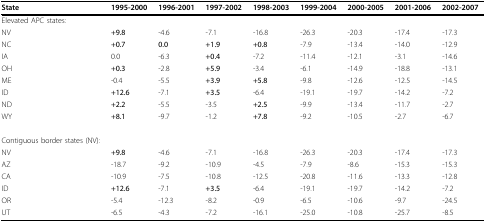
<table><thead><tr><td><b>State</b></td><td><b>1995-2000</b></td><td><b>1996-2001</b></td><td><b>1997-2002</b></td><td><b>1998-2003</b></td><td><b>1999-2004</b></td><td><b>2000-2005</b></td><td><b>2001-2006</b></td><td><b>2002-2007</b></td></tr></thead><tbody><tr><td colspan="9">Elevated APC states:</td></tr><tr><td>NV</td><td><b>+9.8</b></td><td>-4.6</td><td>-7.1</td><td>-16.8</td><td>-26.3</td><td>-20.3</td><td>-17.4</td><td>-17.3</td></tr><tr><td>NC</td><td><b>+0.7</b></td><td><b>0.0</b></td><td><b>+1.9</b></td><td><b>+0.8</b></td><td>-7.9</td><td>-13.4</td><td>-14.0</td><td>-12.9</td></tr><tr><td>IA</td><td>0.0</td><td>-6.3</td><td><b>+0.4</b></td><td>-7.2</td><td>-11.4</td><td>-12.1</td><td>-3.1</td><td>-14.6</td></tr><tr><td>OH</td><td><b>+0.3</b></td><td>-2.8</td><td><b>+5.9</b></td><td>-3.4</td><td>-6.1</td><td>-14.9</td><td>-18.8</td><td>-13.1</td></tr><tr><td>ME</td><td>-0.4</td><td>-5.5</td><td><b>+3.9</b></td><td><b>+5.8</b></td><td>-9.8</td><td>-12.6</td><td>-12.5</td><td>-14.5</td></tr><tr><td>ID</td><td><b>+12.6</b></td><td>-7.1</td><td><b>+3.5</b></td><td>-6.4</td><td>-19.1</td><td>-19.7</td><td>-14.2</td><td>-7.2</td></tr><tr><td>ND</td><td><b>+2.2</b></td><td>-5.5</td><td>-3.5</td><td><b>+2.5</b></td><td>-9.9</td><td>-13.4</td><td>-11.7</td><td>-2.7</td></tr><tr><td>WY</td><td><b>+8.1</b></td><td>-9.7</td><td>-1.2</td><td><b>+7.8</b></td><td>-9.2</td><td>-10.5</td><td>-2.7</td><td>-6.7</td></tr><tr><td>Contiguous border states (NV):</td><td></td><td></td><td></td><td></td><td></td><td></td><td></td><td></td></tr><tr><td>NV</td><td><b>+9.8</b></td><td>-4.6</td><td>-7.1</td><td>-16.8</td><td>-26.3</td><td>-20.3</td><td>-17.4</td><td>-17.3</td></tr><tr><td>AZ</td><td>-18.7</td><td>-9.2</td><td>-10.9</td><td>-4.5</td><td>-7.9</td><td>-8.6</td><td>-15.3</td><td>-15.3</td></tr><tr><td>CA</td><td>-10.9</td><td>-7.5</td><td>-10.8</td><td>-12.5</td><td>-20.8</td><td>-11.6</td><td>-13.3</td><td>-12.8</td></tr><tr><td>ID</td><td><b>+12.6</b></td><td>-7.1</td><td><b>+3.5</b></td><td>-6.4</td><td>-19.1</td><td>-19.7</td><td>-14.2</td><td>-7.2</td></tr><tr><td>OR</td><td>-5.4</td><td>-12.3</td><td>-8.2</td><td>-0.9</td><td>-6.5</td><td>-10.6</td><td>-9.7</td><td>-24.5</td></tr><tr><td>UT</td><td>-6.5</td><td>-4.3</td><td>-7.2</td><td>-16.1</td><td>-25.0</td><td>-10.8</td><td>-25.7</td><td>-8.5</td></tr></tbody></table>